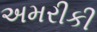
અમરીકી